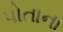
પોતાના